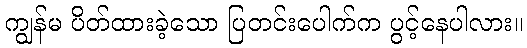
ကျွန်မ ပိတ်ထားခဲ့သော ပြတင်းပေါက်က ပွင့်နေပါလား။